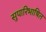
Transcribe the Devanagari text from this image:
सुपारिभाषित